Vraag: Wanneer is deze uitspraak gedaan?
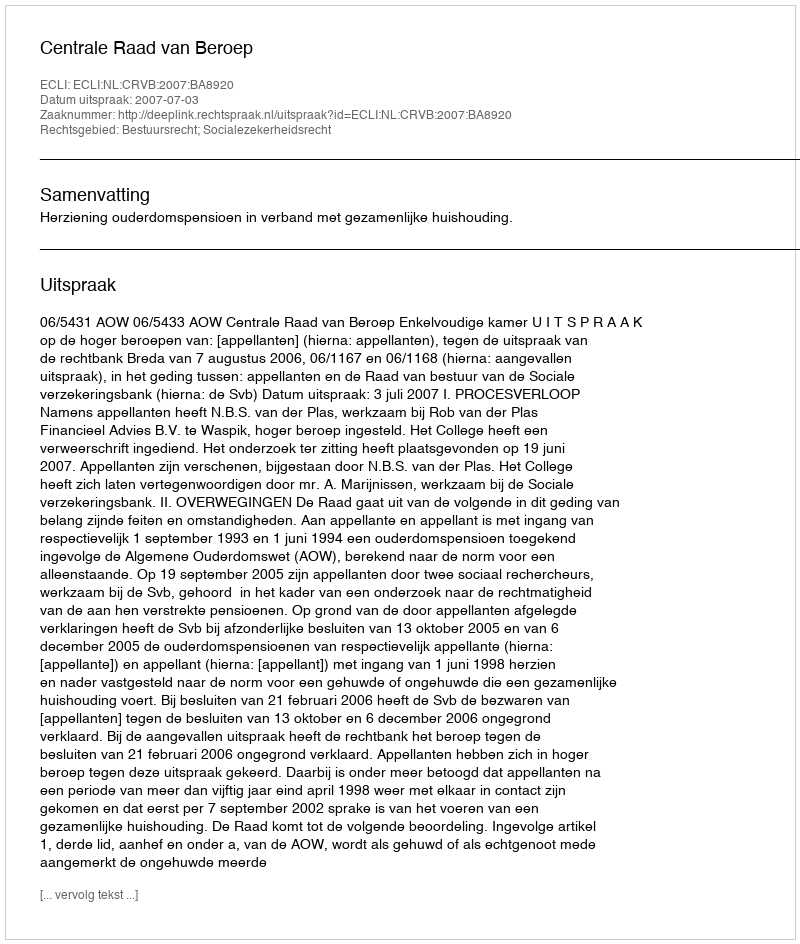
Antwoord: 2007-07-03